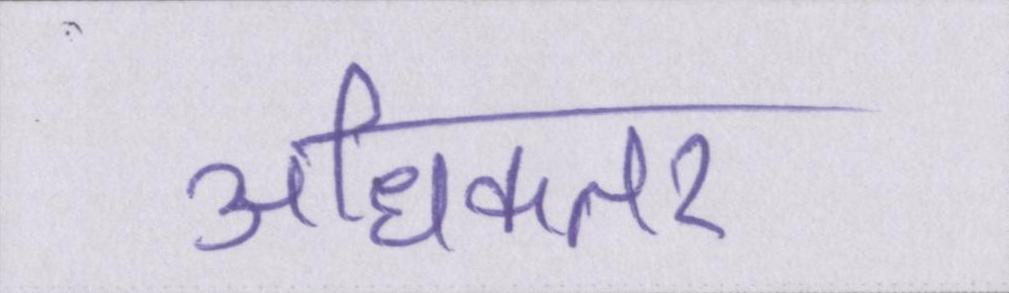
अधिकतर